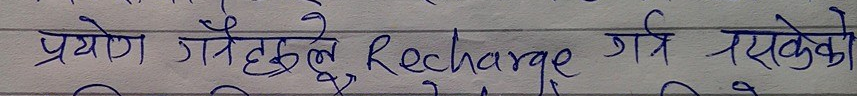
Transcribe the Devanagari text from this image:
प्रयोग गर्नेहरुले Recharge गर्न नसकेको